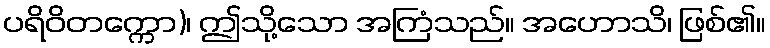
ပရိဝိတက္ကော)၊ ဤသို့သော အကြံသည်။ အဟောသိ၊ ဖြစ်၏။